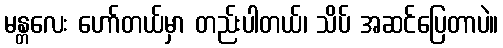
မန္တလေး ဟော်တယ်မှာ တည်းပါတယ်၊ သိပ် အဆင်ပြေတာပဲ။